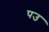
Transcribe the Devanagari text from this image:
पउ